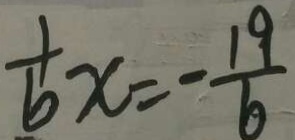
\frac { 1 } { 6 } x = - \frac { 1 9 } { 6 }